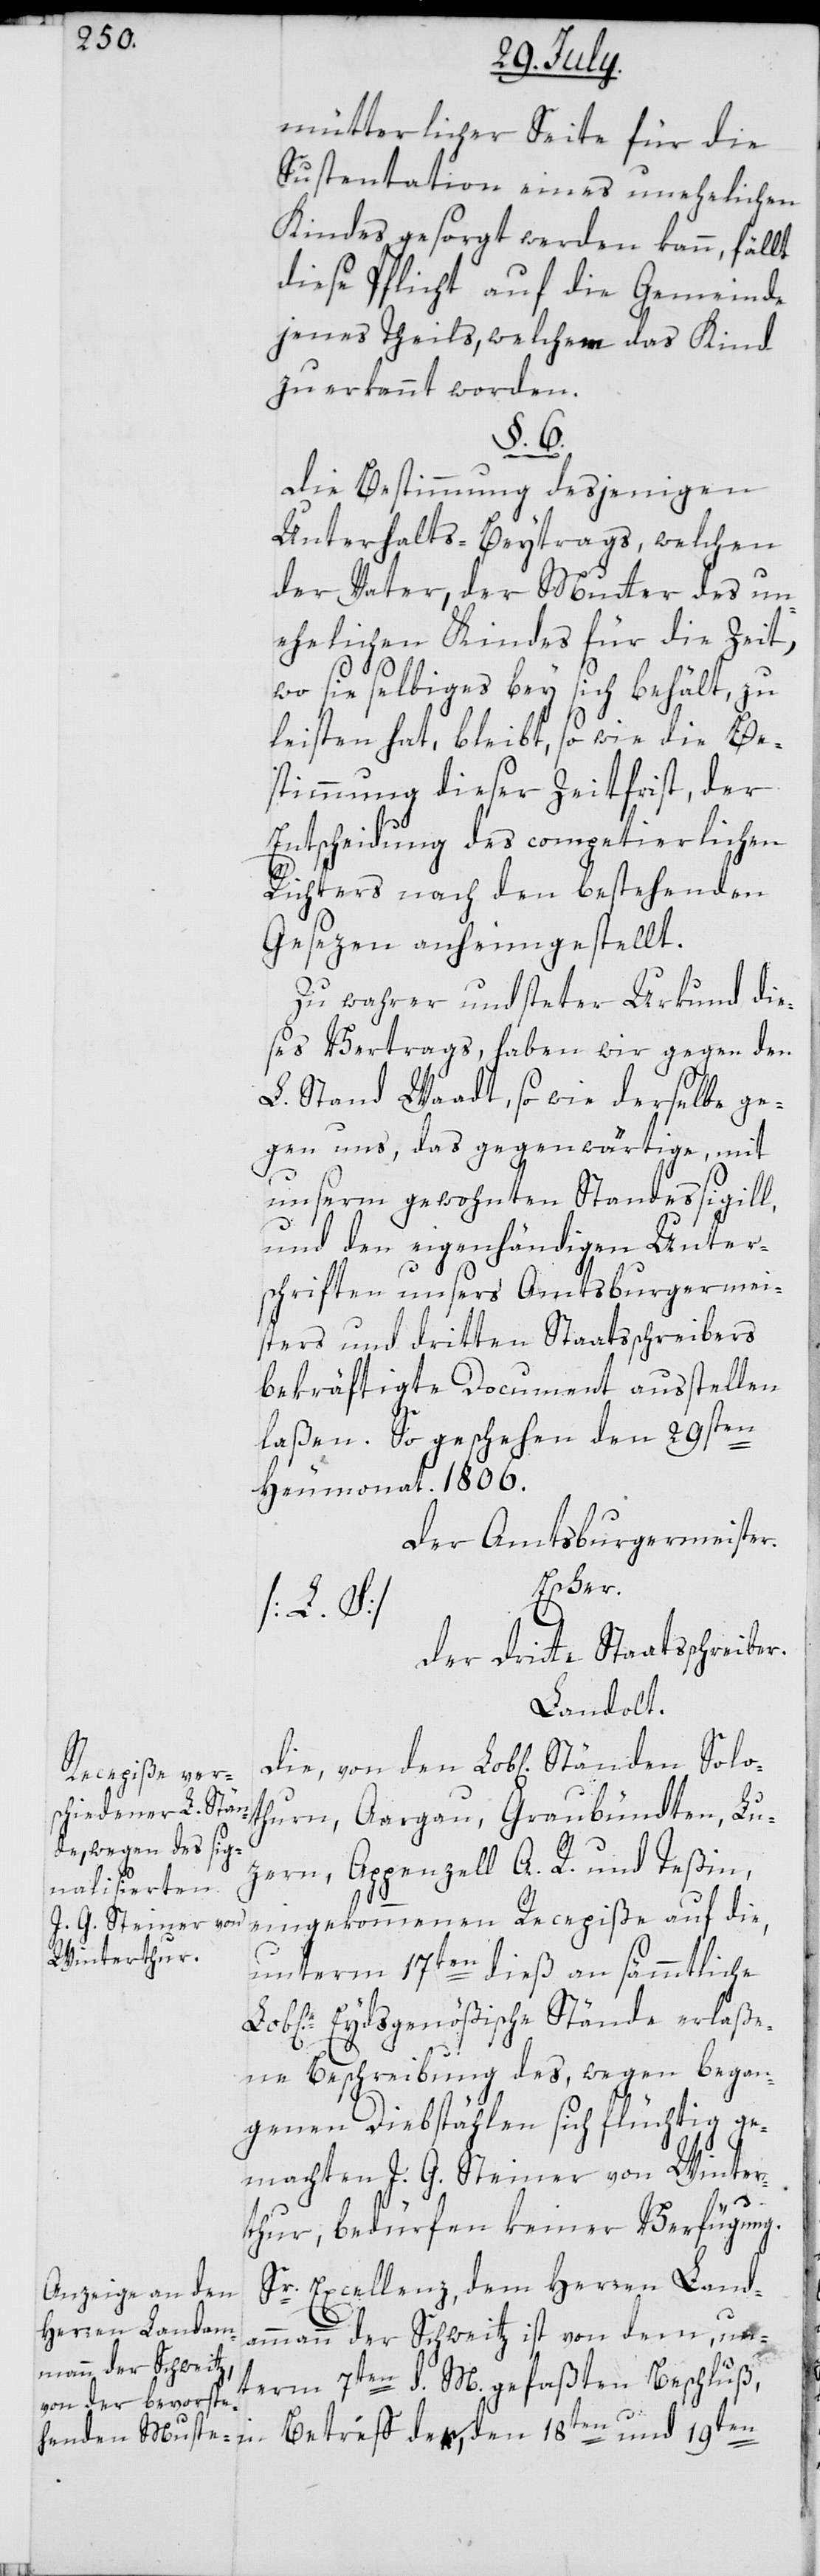
mütterlicher Seite für die
Sustentation eines unehelichen
Kindes gesorgt werden kann, fällt
diese Pflicht auf die Gemeinde
jenes Theils, welchem das Kind
zuerkennt worden.
§. 6.
Die Bestimmung desjenigen
Unterhalts-Beytrags, welchen
der Vater, der Mutter des un¬
ehelichen Kindes für die Zeit,
wo sie selbiges bey sich behält, zu
leisten hat, bleibt, so wie die Be¬
stimmung dieser Zeitfrist, der
Entscheidung des competierlichen
Solo¬
Richters nach den bestehenden
Gesezen anheimgestellt.
Zu wahrer und steter Urkund die¬
ses Vertrags, haben wir gegen den
L. Stand Waadt, sowie derselbe ge¬
gen uns, das gegenwärtige, mit
unserem gewohnten Standessigill,
und den eigenhändigen Unter¬
schriften unsers Amtsburgermei¬
sters und dritten Staatsschreibers
bekräftigte Dokument ausstellen
laßen. So geschehen den 29sten
Heumonat. 1806.
Der Amtsburgermeister.
Escher.
[L. S.]
Der dritte Staatsschreiber.
Landolt.
thurn, Aargau, Graubündten, Lu¬
zern, Appenzell A. R. und Teßin,
eingekommenen Recepiße auf die,
unterm 17ten dieß an sämmtliche
Eydsgenößischen Stände erlaße¬
ne Beschreibung des, wegen began¬
genen Diebstählen sich flüchtig ge¬
machten J. G. Steiner von Winter¬
thur, bedürfen keiner Verfügung.
Sr. Excellenz, dem Herren Lad¬
ammann der Schweitz ist von dem, un¬
term 7ten d. M gefaßten Beschluß,